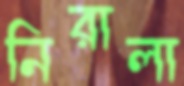
নিরালা